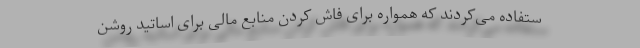
ستفاده می‌کردند که همواره برای فاش کردن منابع مالی برای اساتید روشن